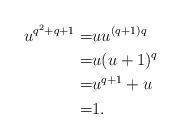
LaTeX: \begin{align*}u^{q^2+q+1}=& u u^{(q+1)q}\\=& u (u+1)^q\\=& u^{q+1}+u\\=& 1.\end{align*}